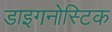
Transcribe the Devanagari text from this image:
डाइगनोस्टिक